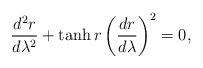
LaTeX: \begin{align*}\frac{d^2r}{d\lambda^2} + \tanh r \left( \frac{dr}{d\lambda} \right)^2=0,\end{align*}